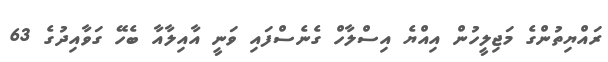
ރައްޔިތުންގެ މަޖިލީހުން އިއްޔެ އިސްލާހް ގެނެސްފައި ވަނީ އާއިލާއާ ބެހޭ ގަވާއިދުގެ 63